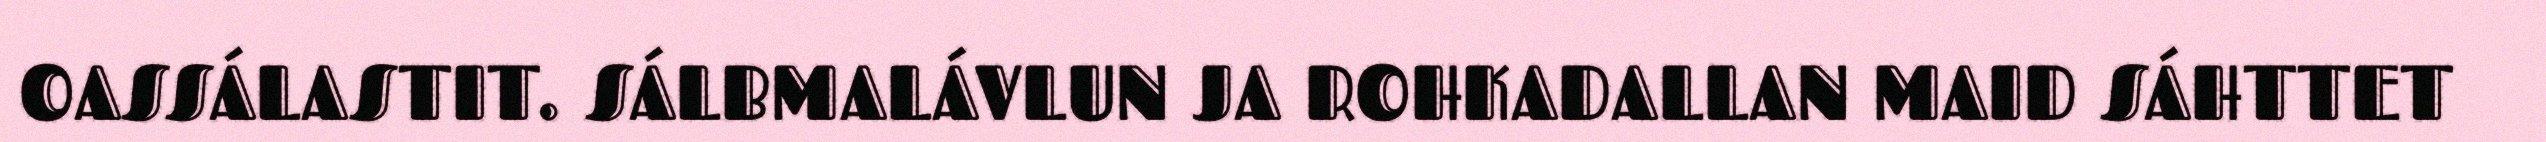
OASSÁLASTIT. SÁLBMALÁVLUN JA ROHKADALLAN MAID SÁHTTET